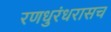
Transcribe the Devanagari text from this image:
रणधुरंधरासच